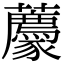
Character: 𧲛